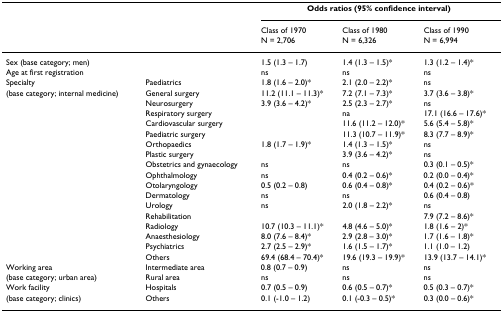
<table><thead><tr><td></td><td></td><td colspan="3"><b>Odds ratios (95% confidence interval)</b></td></tr><tr><td></td><td></td><td><b>Class of 1970N = 2,706</b></td><td><b>Class of 1980N = 6,326</b></td><td><b>Class of 1990N = 6,994</b></td></tr></thead><tbody><tr><td colspan="2">Sex (base category; men)</td><td>1.5 (1.3 – 1.7)</td><td>1.4 (1.3 – 1.5)*</td><td>1.3 (1.2 – 1.4)*</td></tr><tr><td colspan="2">Age at first registration</td><td>ns</td><td>ns</td><td>ns</td></tr><tr><td>Specialty</td><td>Paediatrics</td><td>1.8 (1.6 – 2.0)*</td><td>2.1 (2.0 – 2.2)*</td><td>ns</td></tr><tr><td>(base category; internal medicine)</td><td>General surgery</td><td>11.2 (11.1 – 11.3)*</td><td>7.2 (7.1 – 7.3)*</td><td>3.7 (3.6 – 3.8)*</td></tr><tr><td></td><td>Neurosurgery</td><td>3.9 (3.6 – 4.2)*</td><td>2.5 (2.3 – 2.7)*</td><td>ns</td></tr><tr><td></td><td>Respiratory surgery</td><td></td><td>na</td><td>17.1 (16.6 – 17.6)*</td></tr><tr><td></td><td>Cardiovascular surgery</td><td></td><td>11.6 (11.2 – 12.0)*</td><td>5.6 (5.4 – 5.8)*</td></tr><tr><td></td><td>Paediatric surgery</td><td></td><td>11.3 (10.7 – 11.9)*</td><td>8.3 (7.7 – 8.9)*</td></tr><tr><td></td><td>Orthopaedics</td><td>1.8 (1.7 – 1.9)*</td><td>1.4 (1.3 – 1.5)*</td><td>ns</td></tr><tr><td></td><td>Plastic surgery</td><td></td><td>3.9 (3.6 – 4.2)*</td><td>ns</td></tr><tr><td></td><td>Obstetrics and gynaecology</td><td>ns</td><td>ns</td><td>0.3 (0.1 – 0.5)*</td></tr><tr><td></td><td>Ophthalmology</td><td>ns</td><td>0.4 (0.2 – 0.6)*</td><td>0.2 (0.0 – 0.4)*</td></tr><tr><td></td><td>Otolaryngology</td><td>0.5 (0.2 – 0.8)</td><td>0.6 (0.4 – 0.8)*</td><td>0.4 (0.2 – 0.6)*</td></tr><tr><td></td><td>Dermatology</td><td>ns</td><td>ns</td><td>0.6 (0.4 – 0.8)</td></tr><tr><td></td><td>Urology</td><td>ns</td><td>2.0 (1.8 – 2.2)*</td><td>ns</td></tr><tr><td></td><td>Rehabilitation</td><td></td><td></td><td>7.9 (7.2 – 8.6)*</td></tr><tr><td></td><td>Radiology</td><td>10.7 (10.3 – 11.1)*</td><td>4.8 (4.6 – 5.0)*</td><td>1.8 (1.6 – 2)*</td></tr><tr><td></td><td>Anaesthesiology</td><td>8.0 (7.6 – 8.4)*</td><td>2.9 (2.8 – 3.0)*</td><td>1.7 (1.6 – 1.8)*</td></tr><tr><td></td><td>Psychiatrics</td><td>2.7 (2.5 – 2.9)*</td><td>1.6 (1.5 – 1.7)*</td><td>1.1 (1.0 – 1.2)</td></tr><tr><td></td><td>Others</td><td>69.4 (68.4 – 70.4)*</td><td>19.6 (19.3 – 19.9)*</td><td>13.9 (13.7 – 14.1)*</td></tr><tr><td>Working area</td><td>Intermediate area</td><td>0.8 (0.7 – 0.9)</td><td>ns</td><td>ns</td></tr><tr><td>(base category; urban area)</td><td>Rural area</td><td>ns</td><td>ns</td><td>ns</td></tr><tr><td>Work facility</td><td>Hospitals</td><td>0.7 (0.5 – 0.9)</td><td>0.6 (0.5 – 0.7)*</td><td>0.5 (0.3 – 0.7)*</td></tr><tr><td>(base category; clinics)</td><td>Others</td><td>0.1 (-1.0 – 1.2)</td><td>0.1 (-0.3 – 0.5)*</td><td>0.3 (0.0 – 0.6)*</td></tr></tbody></table>